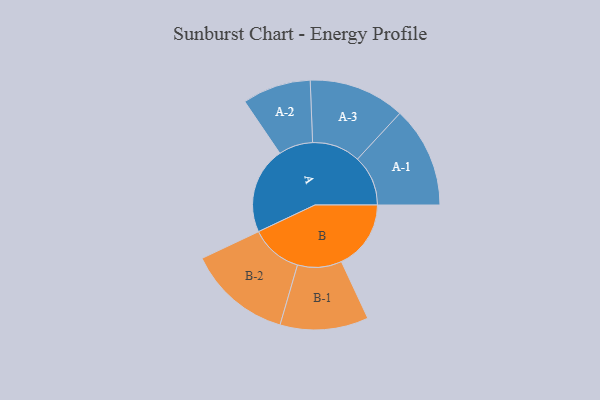
{"axis": {"x": "Segment", "y": "Value"}, "legend": ["", "A", "B"], "data": [{"x": "A", "y": 393, "type": ""}, {"x": "B", "y": 315, "type": ""}, {"x": "A-1", "y": 229, "type": "A"}, {"x": "A-2", "y": 155, "type": "A"}, {"x": "A-3", "y": 218, "type": "A"}, {"x": "B-1", "y": 200, "type": "B"}, {"x": "B-2", "y": 235, "type": "B"}]}